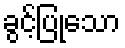
ခွင့်ပြုသော